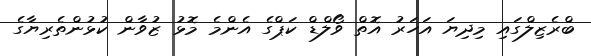
ބްރެޒިލްގައި މިދިޔަ އަހަރު އޮތް ވޯލްޑް ކަޕްގެ އެންމެ މޮޅު ޒުވާން ކުޅުންތެރިޔާގެ